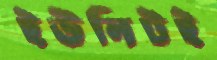
ইউনিটই